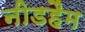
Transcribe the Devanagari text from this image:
नीडहैम